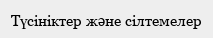
Түсініктер және сілтемелер